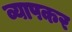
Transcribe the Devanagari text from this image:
व्यापकर